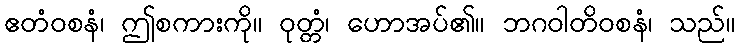
ဧတံဝစနံ၊ ဤစကားကို။ ဝုတ္တံ၊ ဟောအပ်၏။ ဘဂဝါတိဝစနံ၊ သည်။